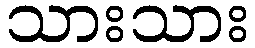
သားသား